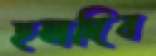
হলদিব